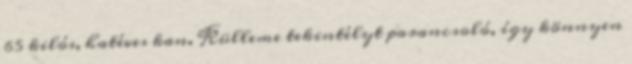
65 kilós, hatéves kan. Külleme tekintélyt parancsoló, így könnyen